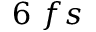
6 ~ f s